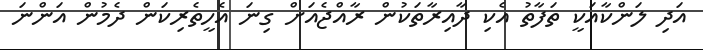
އަދި ލަންކާއަކީ ތަފާތު އެކި ދާއިރާތަކުން ރާއްޖެއަށް ގިނަ އެހީތެރިކަން ދެމުން އަންނަ